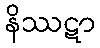
နိဿဋာ